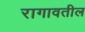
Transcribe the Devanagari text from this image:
रागावतील